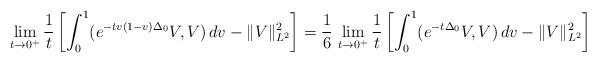
LaTeX: \begin{align*} \lim_{t\to 0^+ } \frac {1}{t} \left[ \int_0^1( e^{-tv(1-v) \Delta_0} V, V) \,dv - \| V \|_{L^2}^2 \right] = \frac 16 \, \lim_{t\to 0^+ } \frac {1}{t} \left[ \int_0^1( e^{-t\Delta_0} V, V) \,dv - \| V \|_{L^2}^2 \right]\end{align*}